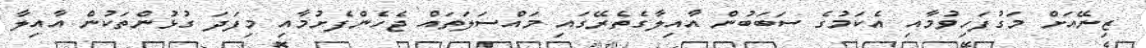
ޒިނޭއަށް މަގުފަހިވުމާއި އެކަމުގެ ސަބަބުން އާއިލާގެތެރޭގައި މައްސަލަތައް ޖެހެންފެށުމާއި މިފަދަ ގުޅުންތަކުން އާއިލާ